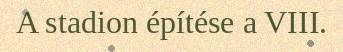
A stadion építése a VIII.